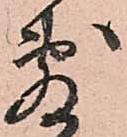
敷